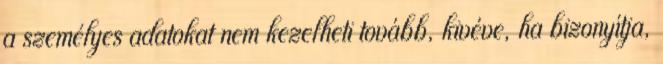
a személyes adatokat nem kezelheti tovább, kivéve, ha bizonyítja,